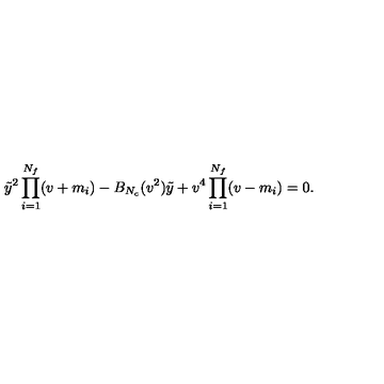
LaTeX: \tilde { y } ^ { 2 } \prod _ { i = 1 } ^ { N _ { f } } ( v + m _ { i } ) - B _ { N _ { c } } ( v ^ { 2 } ) \tilde { y } + v ^ { 4 } \prod _ { i = 1 } ^ { N _ { f } } ( v - m _ { i } ) = 0 .